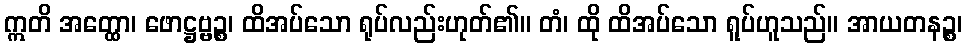
ဣတိ အတ္ထော၊ ဖောဋ္ဌဗ္ဗဉ္စ၊ ထိအပ်သော ရုပ်လည်းဟုတ်၏။ တံ၊ ထို ထိအပ်သော ရူပ်ဟူသည်။ အာယတနဉ္စ၊